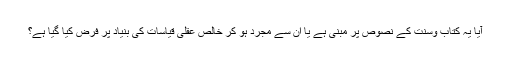
آیا یہ کتاب وسنت کے نصوص پر مبنی ہے یا ان سے مجرد ہو کر خالص عقلی قیاسات کی بنیاد پر فرض کیا گیا ہے؟